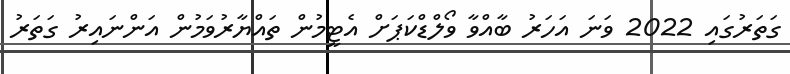
ގަތަރުގައި 2022 ވަނަ އަހަރު ބާއްވާ ވޯލްޑްކަޕަށް އެޓީމުން ތައްޔާރުވަމުން އަންނައިރު ގަތަރު